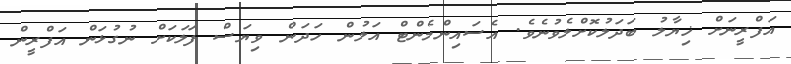
އަފްރީނަށް ޚިޔާލު ބަދަލުކޮށްލެވުނެވެ. އެސައިންމެންޓް އަލުން ހަދަން ވިޔަސް ފަލަކަށް ނުގުޅަން އަފްރީން